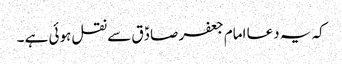
کہ یہ دعا امام جعفر صادؑق سے نقل ہوئی ہے ۔